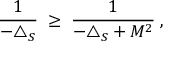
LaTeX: \frac { 1 } { - \triangle _ { S } } \; \geq \; \frac { 1 } { - \triangle _ { S } + M ^ { 2 } } \; ,